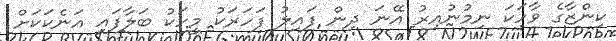
ކިންޒާގެ ވާހަކަ ނިމުނުއިރު އޭނަ ދިން ފައިލު ފަހަރަކު މީހަކު ބަލާފައި އަނެކަކަށް